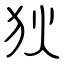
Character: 狄